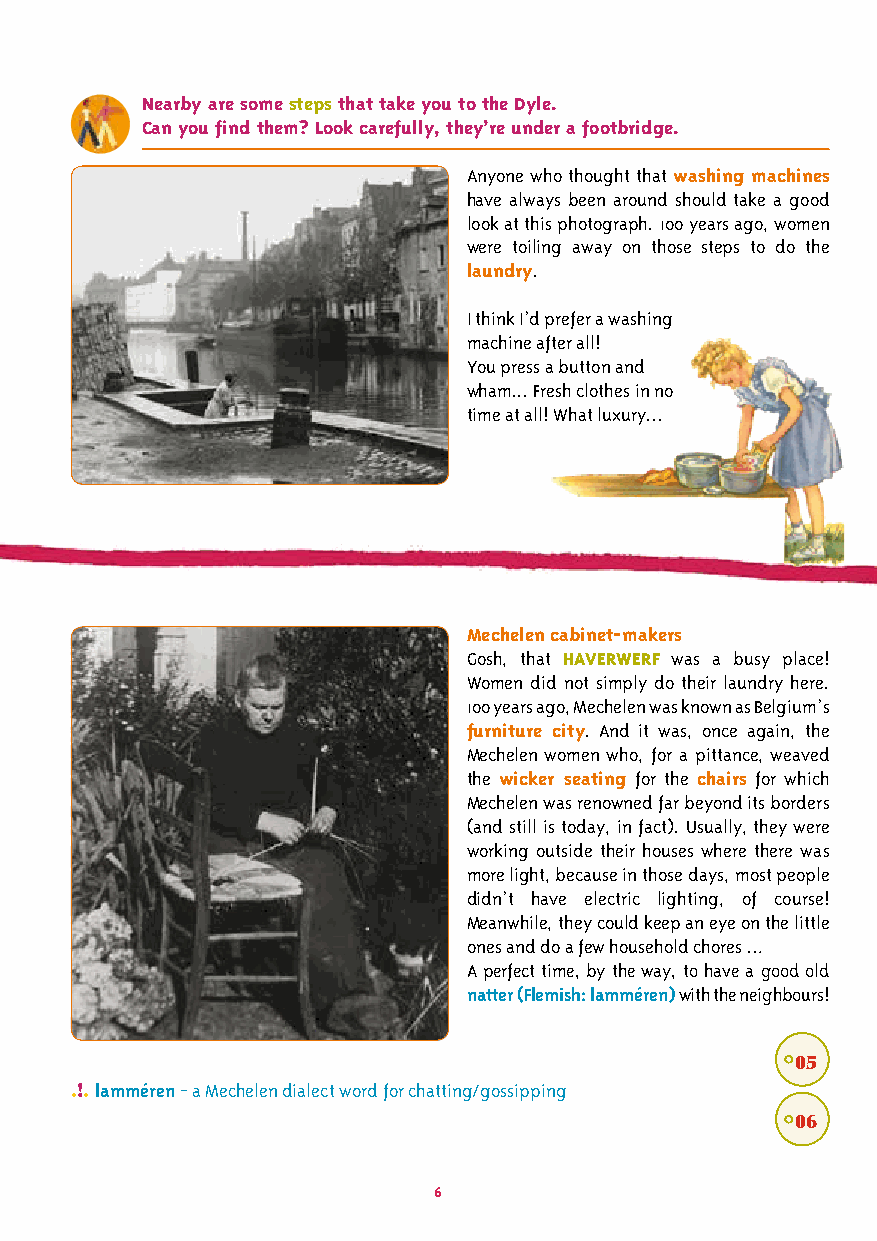
Nearby are some steps that take you to the Dyle.
 Can you find them? Look carefully, they’re under a footbridge.
 Anyone who thought that washing machines
 have always been around should take a good
 look at this photograph. 100 years ago, women
 were toiling away on those steps to do the
 laundry.
 I think I’d prefer a washing
 machine after all!
 You press a button and
 wham... Fresh clothes in no
 time at all! What luxury...
 Mechelen cabinet-makers
 Gosh, that HAVERWERF was a busy place!
 Women did not simply do their laundry here.
 100 years ago, Mechelen was known as Belgium’s
 furniture city. And it was, once again, the
 Mechelen women who, for a pittance, weaved
 the wicker seating for the chairs for which
 Mechelen was renowned far beyond its borders
 (and still is today, in fact). Usually, they were
 working outside their houses where there was
 more light, because in those days, most people
 didn’t have electric lighting, of course!
 Meanwhile, they could keep an eye on the little
 ones and do a few household chores …
 A perfect time, by the way, to have a good old
 natter (Flemish: lamméren) with the neighbours!
 °05
 .!. lamméren - a Mechelen dialect word for chatting/gossipping
 °06
 6